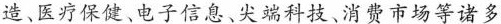
造、医疗保健、电子信息、尖端科技、消费市场等诸多